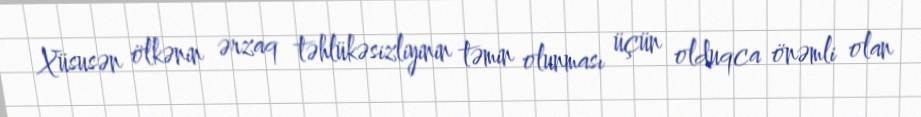
Xüsusən ölkənin ərzaq təhlükəsizliyinin təmin olunması üçün olduqca önəmli olan